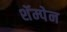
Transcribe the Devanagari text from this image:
शॅम्पेन